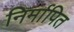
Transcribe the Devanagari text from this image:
निर्मापित